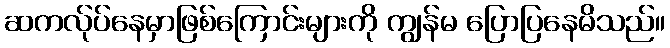
ဆကလ်ုပ်နေမှာဖြစ်ကြောင်းများကို ကျွန်မ ပြောပြနေမိသည်။